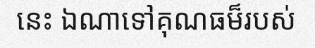
នេះ ឯណាទៅគុណធម៏របស់